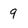
Character: 9